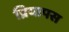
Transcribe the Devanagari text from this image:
प्रियापस